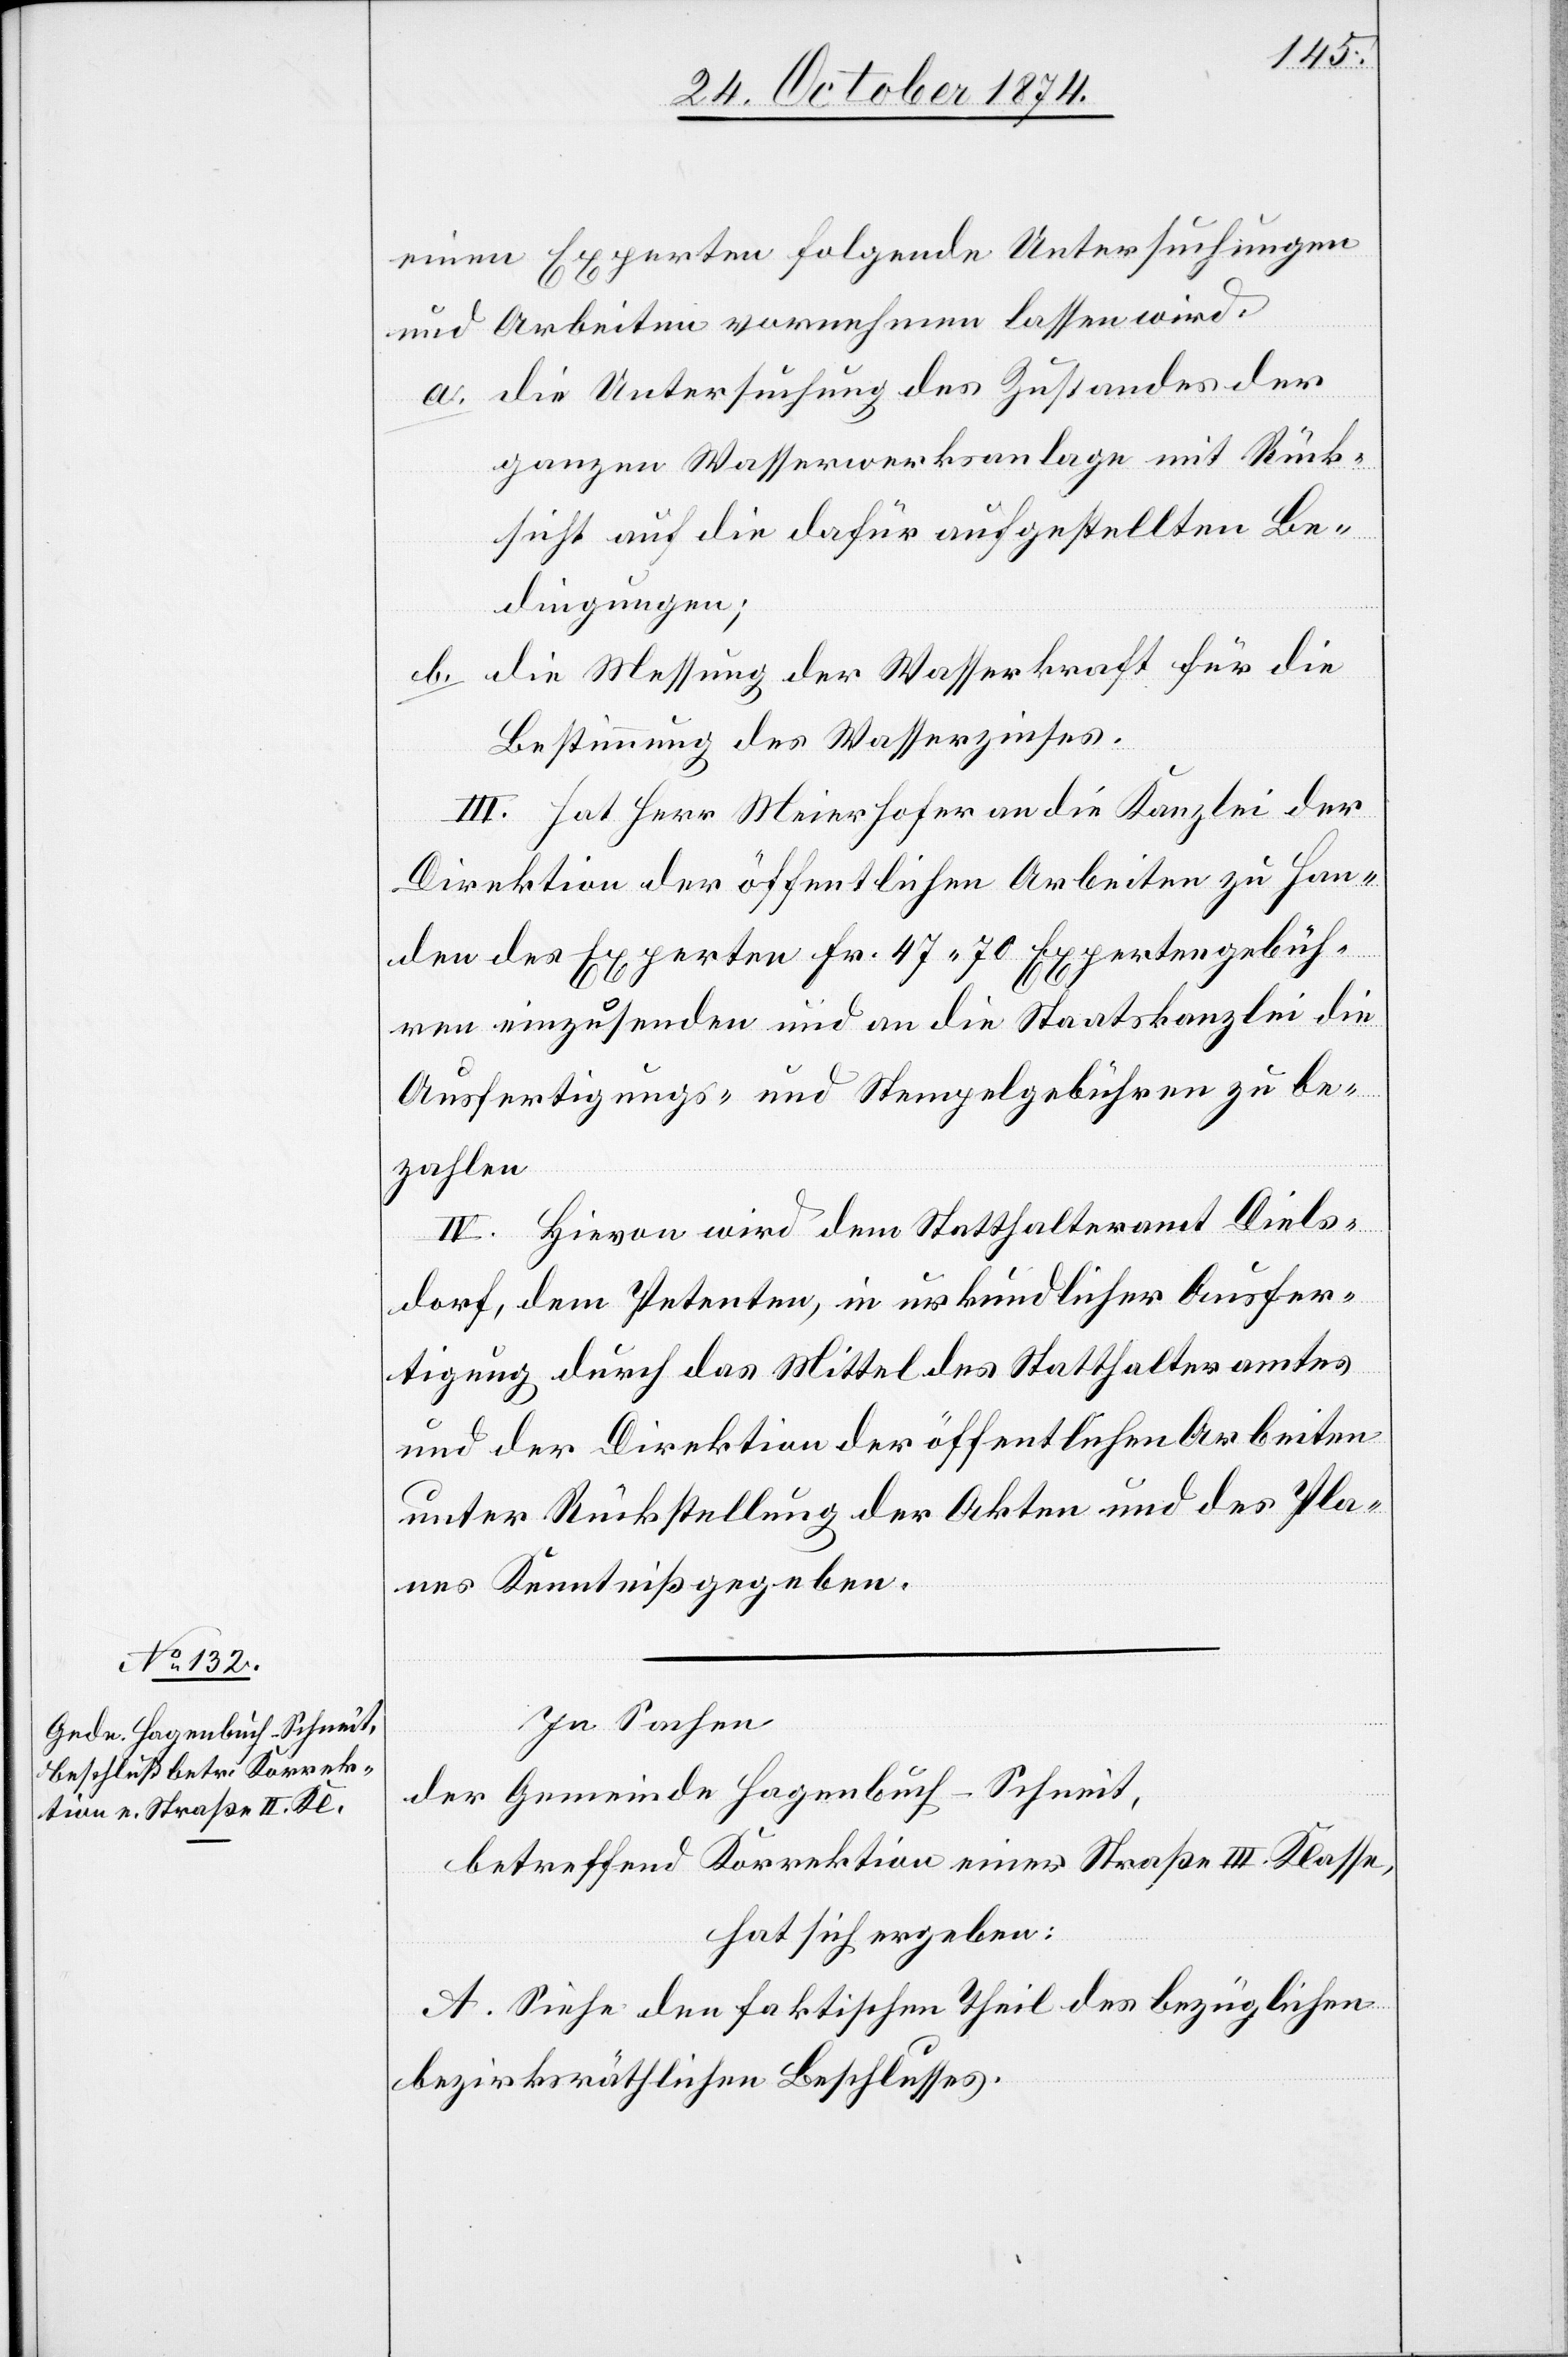
einen Experten folgende Untersuchungen
und Arbeiten vornehmen lassen wird
a. die Untersuchung des Zustandes der
ganzen Wasserwerksanlage mit Rück¬
sicht auf die dafür aufgestellten Be¬
dingungen;
b. die Messung der Wasserkraft für die
Bestimmung des Wasserzinses.
III. Hat Herr Meierhofer an die Kanzlei der
Direktion der öffentlichen Arbeiten zu Han¬
den des Experten Fr. 47.70 Expertengebüh¬
ren einzusenden und an die Staatskanzlei die
Ausfertigungs- und Stempelgebühren zu be¬
zahlen.
IV. Hievon wird dem Statthalteramt Diels¬
dorf, dem Petenten, in urkundlicher Ausfer¬
tigung durch das Mittel des Statthalteramtes
und der Direktion der öffentlichen Arbeiten
unter Rückstellung der Akten und des Pla¬
nes Kenntniß gegeben.
In Sachen
der Gemeinde Hagenbuch-Schneit,
betreffend Korrektion einer Straße III. Klasse
hat sich ergeben:
A. Siehe den faktischen Theil des bezüglichen
bezirksräthlichen Beschlusses.